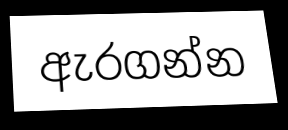
ඇරගන්න